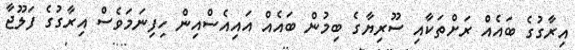
އިރާގުގެ ބައެއް ރަށްތަކާއި ސޫރިޔާގެ ބިމުން ބައެއް އައިއެސްއިން ހިފިނަމަވެސް އިރާގުގެ ފަލޫޖާ